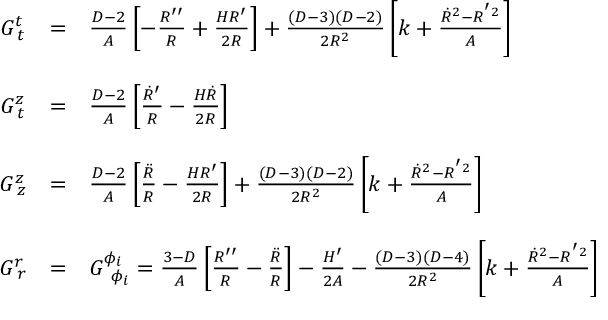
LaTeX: \left. \begin{array} { c c l } { { G _ { \; t } ^ { t } } } & { { = } } & { { \frac { D - 2 } { A } \left[ - \frac { R ^ { \prime \prime } } { R } + \frac { H R ^ { \prime } } { 2 R } \right] + \frac { ( D - 3 ) ( D - 2 ) } { 2 R ^ { 2 } } \left[ k + \frac { \dot { R } ^ { 2 } - R ^ { ' 2 } } { A } \right] } } \\ { { { \mathrm { ~ } } } } & { { } } & { { { \mathrm { ~ } } } } \\ { { G _ { \; t } ^ { z } } } & { { = } } & { { \frac { D - 2 } { A } \left[ { \frac { \dot { R } ^ { \prime } } { R } } - { \frac { H \dot { R } } { 2 R } } \right] } } \\ { { { \mathrm { ~ } } } } & { { } } & { { { \mathrm { ~ } } } } \\ { { G _ { \; z } ^ { z } } } & { { = } } & { { \frac { D - 2 } { A } \left[ \frac { \ddot { R } } { R } - \frac { H R ^ { \prime } } { 2 R } \right] + \frac { ( D - 3 ) ( D - 2 ) } { 2 R ^ { 2 } } \left[ k + \frac { \dot { R } ^ { 2 } - R ^ { ' 2 } } { A } \right] } } \\ { { { \mathrm { ~ } } } } & { { } } & { { { \mathrm { ~ } } } } \\ { { G _ { \; r } ^ { r } } } & { { = } } & { { G _ { \; \; \phi _ { i } } ^ { \phi _ { i } } = \frac { 3 - D } { A } \left[ { \frac { R ^ { \prime \prime } } { R } } - { \frac { \ddot { R } } { R } } \right] - { \frac { H ^ { \prime } } { 2 A } } - \frac { ( D - 3 ) ( D - 4 ) } { 2 R ^ { 2 } } \left[ k + \frac { \dot { R } ^ { 2 } - R ^ { ' 2 } } { A } \right] } } \end{array} \right.